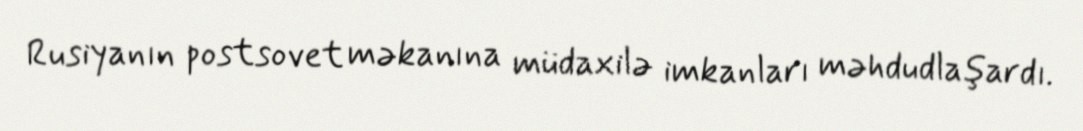
Rusiyanın postsovet məkanına müdaxilə imkanları məhdudlaşardı.